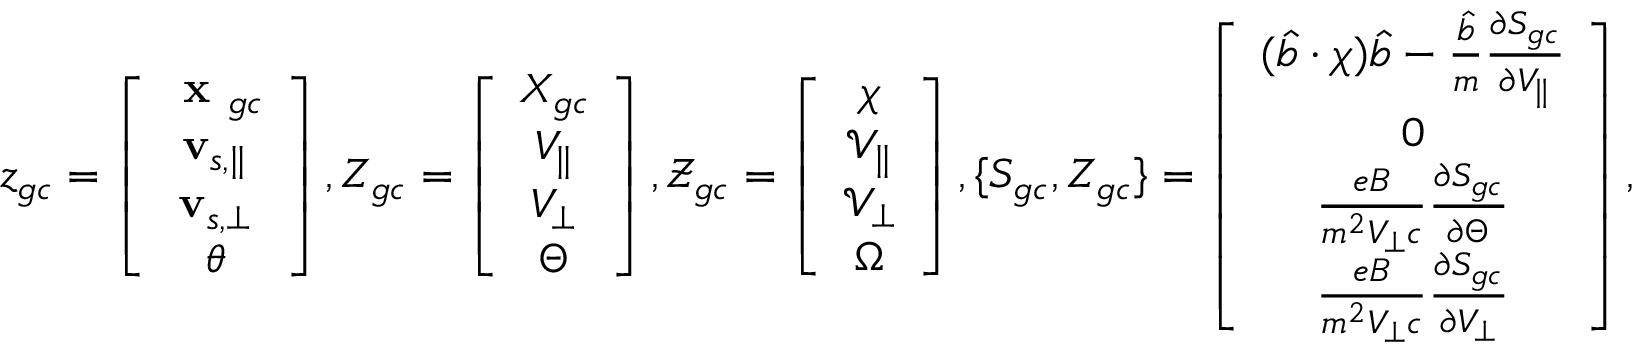
z _ { g c } = \left[ \begin{array} { c } { \textbf { x } _ { g c } } \\ { \mathbf { v } _ { s , \parallel } } \\ { \mathbf { v } _ { s , \perp } } \\ { \theta } \end{array} \right] , Z _ { g c } = \left[ \begin{array} { c } { X _ { g c } } \\ { V _ { \parallel } } \\ { V _ { \perp } } \\ { \Theta } \end{array} \right] , \mathcal { Z } _ { g c } = \left[ \begin{array} { c } { \chi } \\ { \mathcal { V } _ { \parallel } } \\ { \mathcal { V } _ { \perp } } \\ { \Omega } \end{array} \right] , \{ S _ { g c } , Z _ { g c } \} = \left[ \begin{array} { c } { ( \hat { b } \boldsymbol { \cdot } \chi ) \hat { b } - \frac { \hat { b } } { m } \frac { \partial S _ { g c } } { \partial V _ { \parallel } } } \\ { 0 } \\ { \frac { e B } { m ^ { 2 } V _ { \perp } c } \frac { \partial S _ { g c } } { \partial \Theta } } \\ { \frac { e B } { m ^ { 2 } V _ { \perp } c } \frac { \partial S _ { g c } } { \partial V _ { \perp } } } \end{array} \right] ,